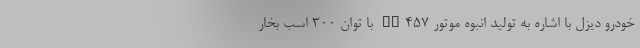
خودرو دیزل با اشاره به تولید انبوه موتور OM457 با توان ۳۰۰ اسب بخار